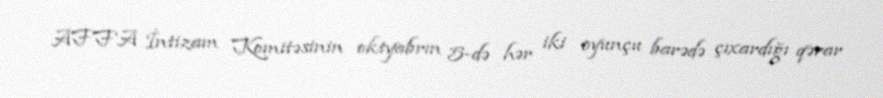
AFFA İntizam Komitəsinin oktyabrın 5-də hər iki oyunçu barədə çıxardığı qərar